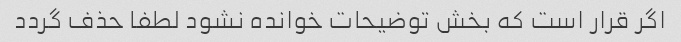
اگر قرار است که بخش توضیحات خوانده نشود لطفا حذف گردد